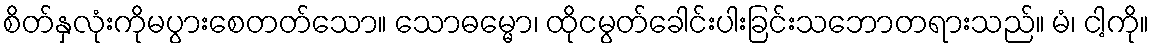
စိတ်နှလုံးကိုမပွားစေတတ်သော။ သောဓမ္မော၊ ထိုငမွတ်ခေါင်းပါးခြင်းသဘောတရားသည်။ မံ၊ ငါ့ကို။